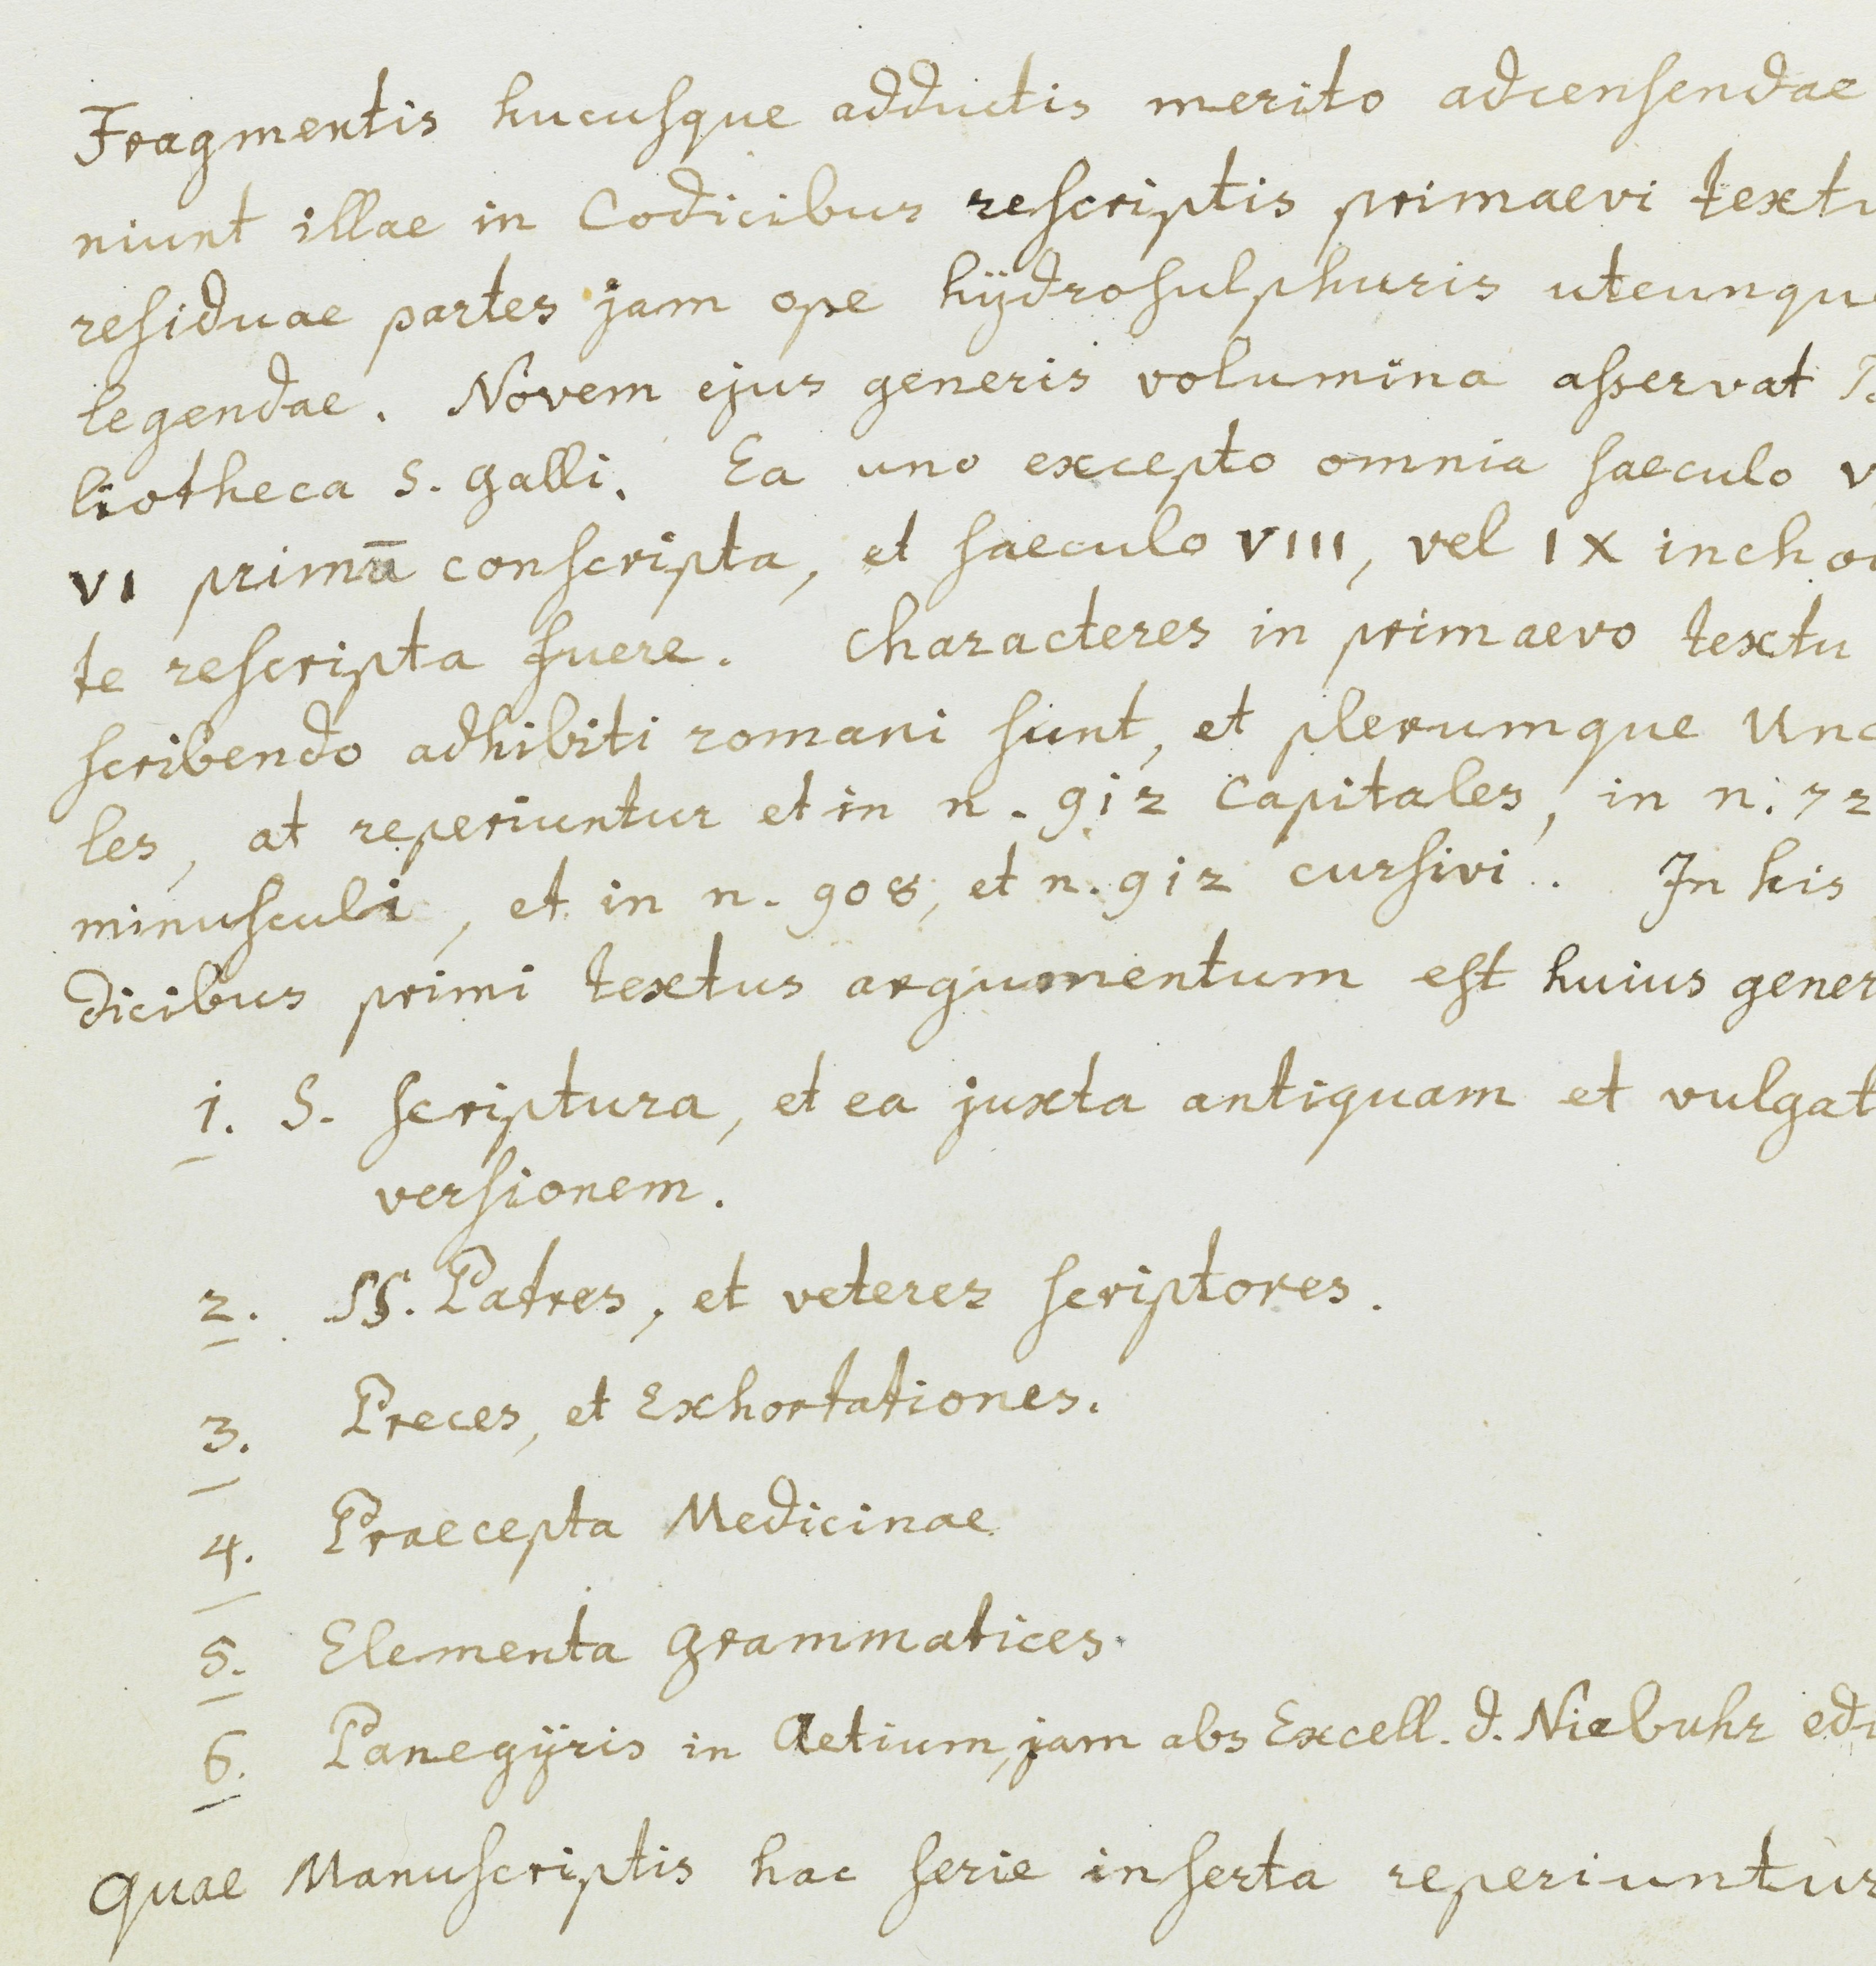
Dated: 900–999